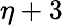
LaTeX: \eta+3